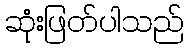
ဆုံးဖြတ်ပါသည်